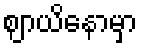
ဈာယိနောမှာ